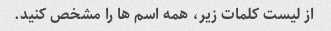
از لیست کلمات زیر، همه اسم ها را مشخص کنید.